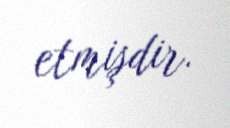
etmişdir.